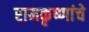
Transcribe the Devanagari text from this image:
रामकृष्णांचे